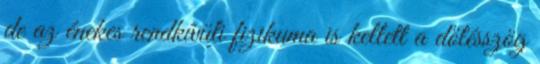
de az énekes rendkívüli fizikuma is kellett a dőlésszög